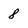
Character: 8